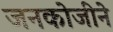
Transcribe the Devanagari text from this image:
जनकोजीने